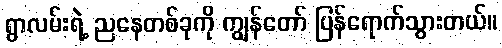
ရွာလမ်းရဲ့ ညနေတစ်ခုကို ကျွန်တော် ပြန်ရောက်သွားတယ်။